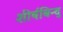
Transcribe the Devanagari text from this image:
शीर्षबिन्दु